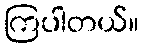
ကြပါတယ်။